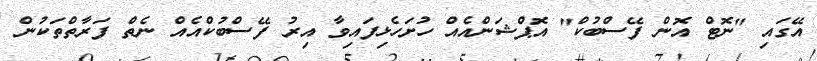
އޭގައި "ނޮޓް އޮން ފޭސްބުކް" އޮޕްޝަންއެއް ހުށަހެޅިފައިވާ އިރު ފޭސްބުކްއެއް ނެތް ފަރާތްތަކުން